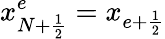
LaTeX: x_{{N+\frac{1}{2}}}^{e}=x_{e+\frac{1}{2}}